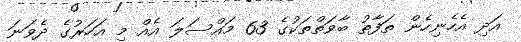
އަދި އެހެނިހެން ތަފާތު ބާވަތްތަކުގެ 63 މައްސަލަ އެއް މި އަހަރުގެ ދެވަނަ